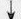
\downarrow